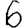
Digit: 6